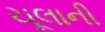
ચૂલાની